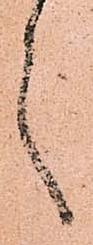
々